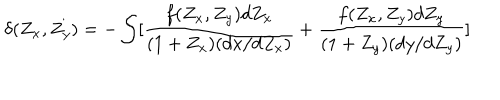
LaTeX: \delta ( Z _ { x } , Z _ { y } ) = - \int [ \frac { f ( Z _ { x } , Z _ { y } ) d Z _ { x } } { ( 1 + Z _ { x } ) ( d x / d Z _ { x } ) } + \frac { f ( Z _ { x } , Z _ { y } ) d Z _ { y } } { ( 1 + Z _ { y } ) ( d y / d Z _ { y } ) } ]